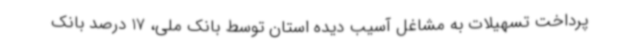
پرداخت تسهیلات به مشاغل آسیب دیده استان توسط بانک ملی، 17 درصد بانک